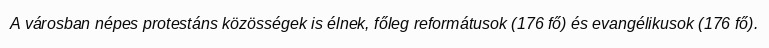
A városban népes protestáns közösségek is élnek, főleg reformátusok (176 fő) és evangélikusok (176 fő).